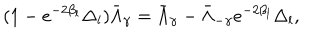
( 1 - e ^ { - 2 \beta _ { l } } \Delta _ { l } ) \bar { \Lambda } _ { \gamma } = \bar { \Lambda } _ { \gamma } - \bar { \Lambda } _ { - \gamma } e ^ { - 2 \beta _ { l } } \Delta _ { l } ,